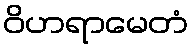
ဝိဟရာမေတံ